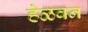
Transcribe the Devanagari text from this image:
हेळवन